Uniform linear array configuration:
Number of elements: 12
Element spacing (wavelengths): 0.25
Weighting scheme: kaiser
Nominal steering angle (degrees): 45
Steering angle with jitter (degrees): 46.868
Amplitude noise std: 0.05
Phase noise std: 0.05

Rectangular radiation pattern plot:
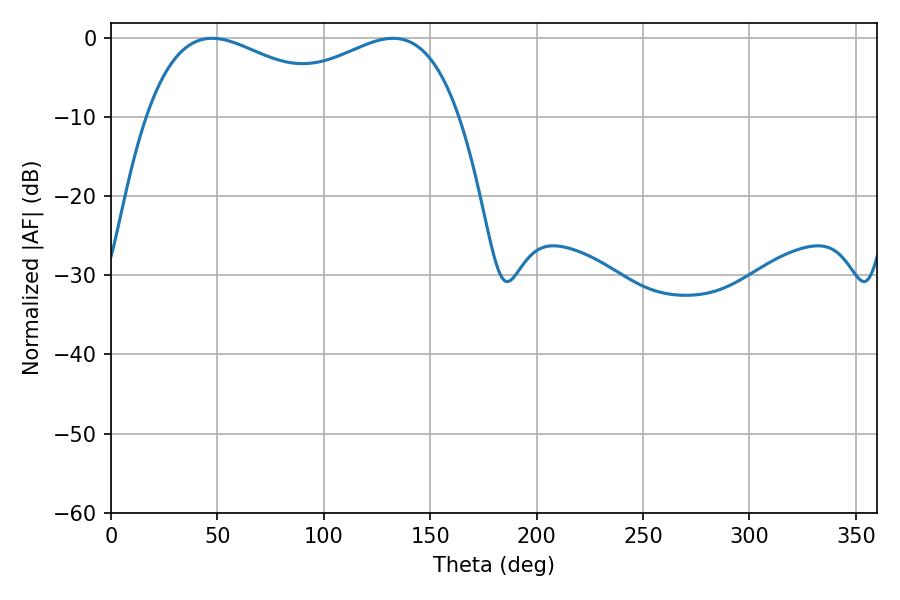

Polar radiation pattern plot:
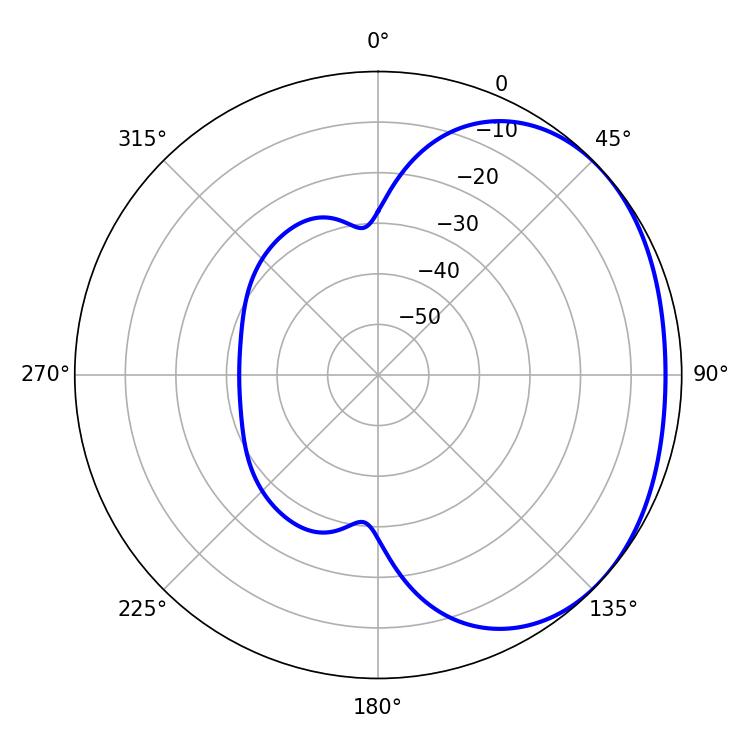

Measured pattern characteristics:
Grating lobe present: FALSE
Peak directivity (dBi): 1.821
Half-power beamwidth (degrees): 53.82
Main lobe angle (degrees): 47.52